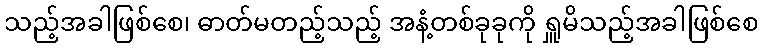
သည့်အခါဖြစ်စေ၊ ဓာတ်မတည့်သည့် အနံ့တစ်ခုခုကို ရှူမိသည့်အခါဖြစ်စေ